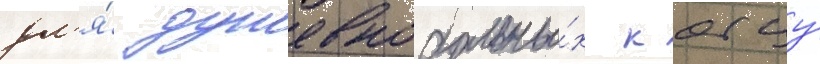
дл'я́ душевнобольны́х к отцу́